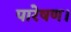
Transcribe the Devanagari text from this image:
पारेषण।